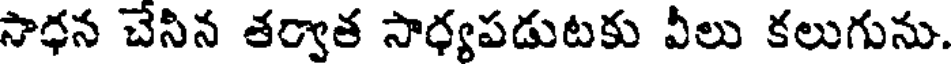
సాధన చేసిన తర్వాత సాధ్యపడుటకు వీలు కలుగును.